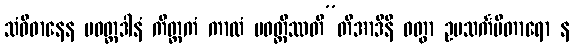
သံဝိဓာနေန ပဝတ္တဒါနံ ကိတ္တကံ ကာလံ ပဝတ္တိဿတီ”တိအာဒီနိ ဝတွာ ဥပသင်္ကမိတာရော န